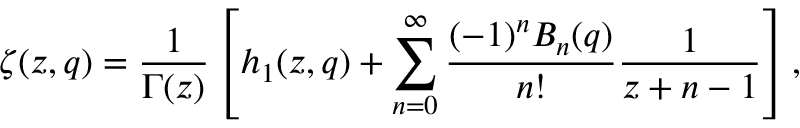
\zeta ( z , q ) = \frac 1 { \Gamma ( z ) } \left[ h _ { 1 } ( z , q ) + \sum _ { n = 0 } ^ { \infty } \frac { ( - 1 ) ^ { n } B _ { n } ( q ) } { n ! } \frac 1 { z + n - 1 } \right] ,